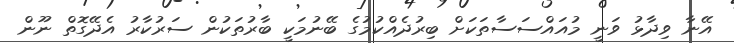
އޭނާ ވިދާޅު ވަނީ މުއައްސަސާތަކަށް ބިރުދެއްކުމުގެ ބޭނުމަކީ ބާރުތަކުން ސަރުކާރު އެދޭގޮތް ނޫން